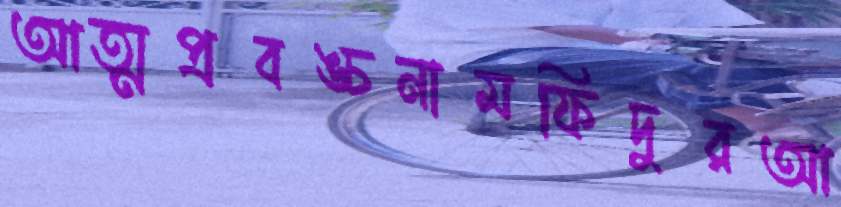
আত্মপ্রবঙ্চনামফিদুরআ